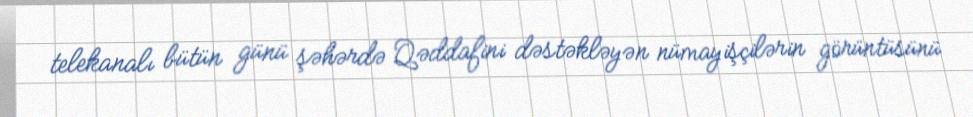
telekanalı bütün günü şəhərdə Qəddafini dəstəkləyən nümayişçilərin görüntüsünü